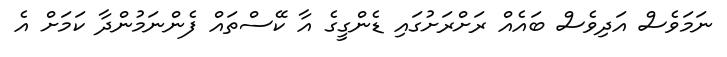
ނަމަވެސް އަދިވެސް ބައެއް ރަށްރަށުގައި ޑެންގީގެ އާ ކޭސްތައް ފެންނަމުންދާ ކަމަށް އެ